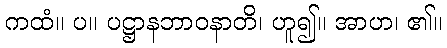
ကထံ။ ပ။ ပဋ္ဌာနဘာဝနာတိ၊ ဟူ၍။ အာဟ၊ ၏။